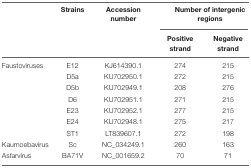
|  | Strains | Accession number | <COLSPAN=2> Number of intergenic regions |
 |  |  |  | Positive strand | Negative strand |
 | --- | --- | --- | --- | --- |
 | Faustoviruses | E12 | KJ614390.1 | 274 | 215 |
 |  | D5a | KU702950.1 | 272 | 215 |
 |  | D5b | KU702949.1 | 208 | 276 |
 |  | D6 | KU702951.1 | 271 | 215 |
 |  | E23 | KU702952.1 | 277 | 215 |
 |  | E24 | KU702948.1 | 275 | 217 |
 |  | ST1 | LT839607.1 | 272 | 198 |
 | Kaumoebavirus | Sc | NC_034249.1 | 260 | 163 |
 | Asfarvirus | BA71V | NC_001659.2 | 70 | 71 |